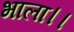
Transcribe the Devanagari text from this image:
भाला।।